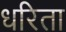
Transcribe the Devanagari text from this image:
धरिता